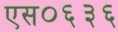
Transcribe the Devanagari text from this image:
एस०६३६